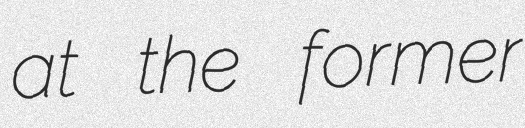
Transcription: at the former